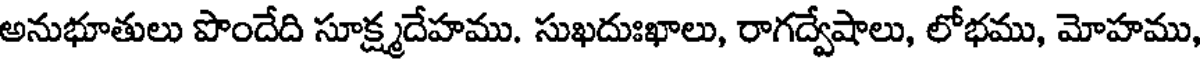
అనుభూతులు పొందేది సూక్ష్మదేహము. సుఖదుఃఖాలు, రాగద్వేషాలు, లోభము, మోహము,